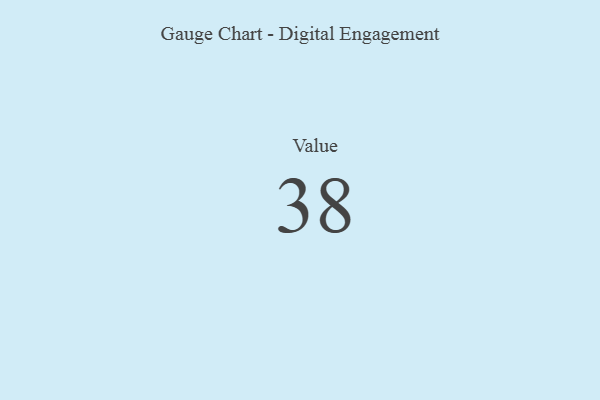
{"axis": {"x": "Metric", "y": "Value"}, "legend": [""], "data": [{"x": "Value", "y": 38, "type": ""}]}